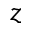
z